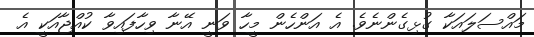
މައްސަލައަކާ ގުޅިގެންނެވެ. އެ އަންހެން މީހާ ވަނީ އޭނާ ވިހާފައިވާ ކުއްޖާއަކީ އެ